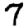
Digit: 7